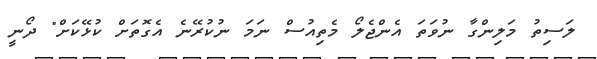
ލަސިތު މަލިންގާ ނުވަތަ އެންޖެލޯ މެތިއުސް ނަމަ ނުކުރޭނެ އެގޮތަށް ކުޅޭކަށް" ދޯނީ